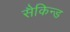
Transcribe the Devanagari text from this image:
सैकिन्ड